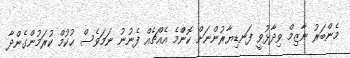
މެންބަރު ނާޒިމް ވިދާޅުވީ ފަނޑިޔާރުންނަށް ކޮޮންްމެ އެއްޗެއް ފެނުނު ނަމަވެސް ޙުކުމް ކުރަމުންގެންދާ